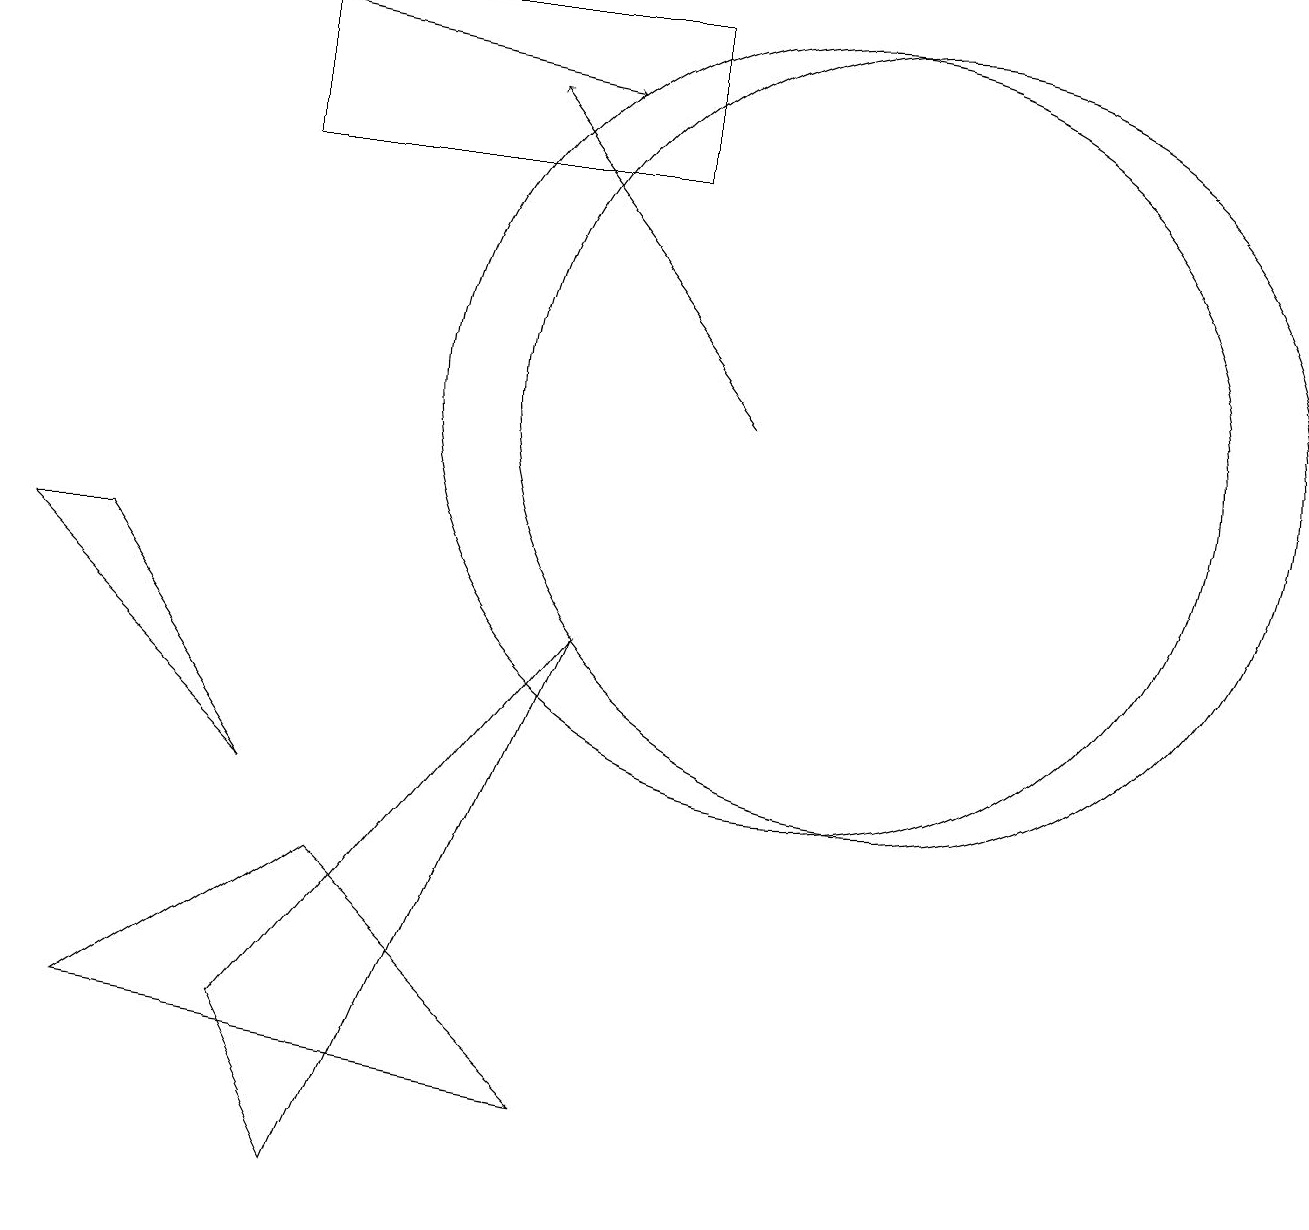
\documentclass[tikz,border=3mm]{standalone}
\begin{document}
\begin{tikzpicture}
\draw (10,11) circle (5);
\draw (1,9) -- (0,9) -- (3,6) -- cycle;
\draw[->] (9,11) -- (6,15);
\draw (3,14) rectangle (8,16);
\draw[->] (2,16) -- (7,15);
\draw (4,1) -- (7,8) -- (3,3) -- cycle;
\draw (11,11) circle (5);
\draw (4,5) -- (7,2) -- (1,3) -- cycle;
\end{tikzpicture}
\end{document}